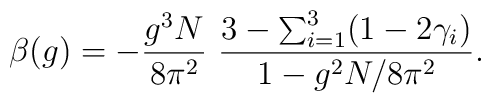
\beta(g)=-\frac{g^3 N}{8\pi^2}~ \frac{3-\sum_{i=1}^3 (1-2\gamma_i)}{1-g^2N/8\pi^2}.